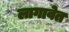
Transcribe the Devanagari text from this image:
लागावेत